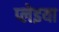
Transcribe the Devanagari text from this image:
प्लेइया